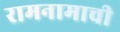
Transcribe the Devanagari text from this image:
रामनामाची